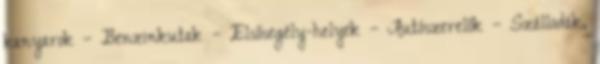
kanyarok – Benzinkutak – Elsősegély-helyek – Autószerelők – Szállodák,